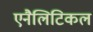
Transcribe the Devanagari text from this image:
एनैलिटिकल